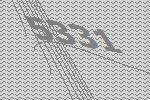
5331